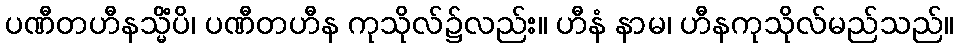
ပဏီတဟီနသ္မိံပိ၊ ပဏီတဟီန ကုသိုလ်၌လည်း။ ဟီနံ နာမ၊ ဟီနကုသိုလ်မည်သည်။